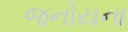
જનોયના